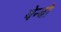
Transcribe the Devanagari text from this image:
येन्बो